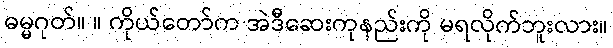
ဓမ္မဂုတ်။ ။ ကိုယ်တော်က အဲဒီဆေးကုနည်းကို မရလိုက်ဘူးလား။